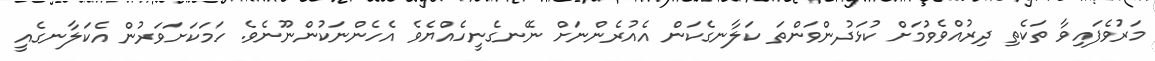
މަރުވެފައިވާ ތަކެތި ދިރުއްވެވުމަށް ކުޅަދުންވަންތަ ކަލާނގެކަން އެއުރެންނަށް ނޭނގެނީހެއްޔެވެ އެހެންނަކުންނޫނެވެ. ހަމަކަށަވަރުން އެކަލާނގެއީ